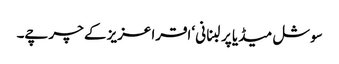
سوشل میڈیا پر لبنانی ‘اقرا عزیز کے چرچے۔